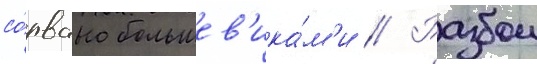
со́рвано большев'ика́м'и // Разбои